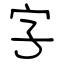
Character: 字